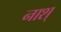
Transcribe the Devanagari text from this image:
नाश्